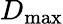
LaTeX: D_{\mathrm{max}}